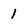
Character: 1